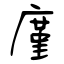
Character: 廑